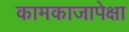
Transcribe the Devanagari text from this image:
कामकाजापेक्षा